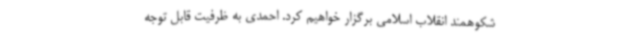
شکوهمند انقلاب اسلامی برگزار خواهیم کرد. احمدی به ظرفیت قابل توجه